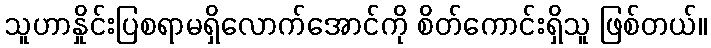
သူဟာနှိုင်းပြစရာမရှိလောက်အောင်ကို စိတ်ကောင်းရှိသူ ဖြစ်တယ်။